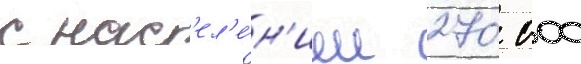
с нас'ел'е́н'ием 270 000